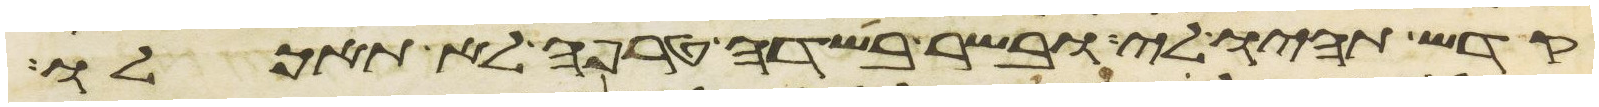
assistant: קדש תהיו לי ובשר בשדה טרפה לא תאכלו